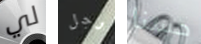
لي رجل حسنا